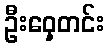
ဦးဝှေ့တင်း